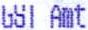
GST AMT